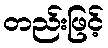
တည်းဖြင့်